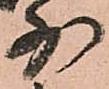
少